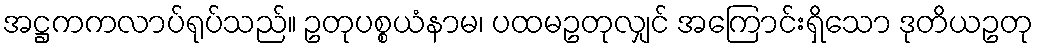
အဋ္ဌကကလာပ်ရုပ်သည်။ ဥတုပစ္စယံနာမ၊ ပထမဥတုလျှင် အကြောင်းရှိသော ဒုတိယဥတု